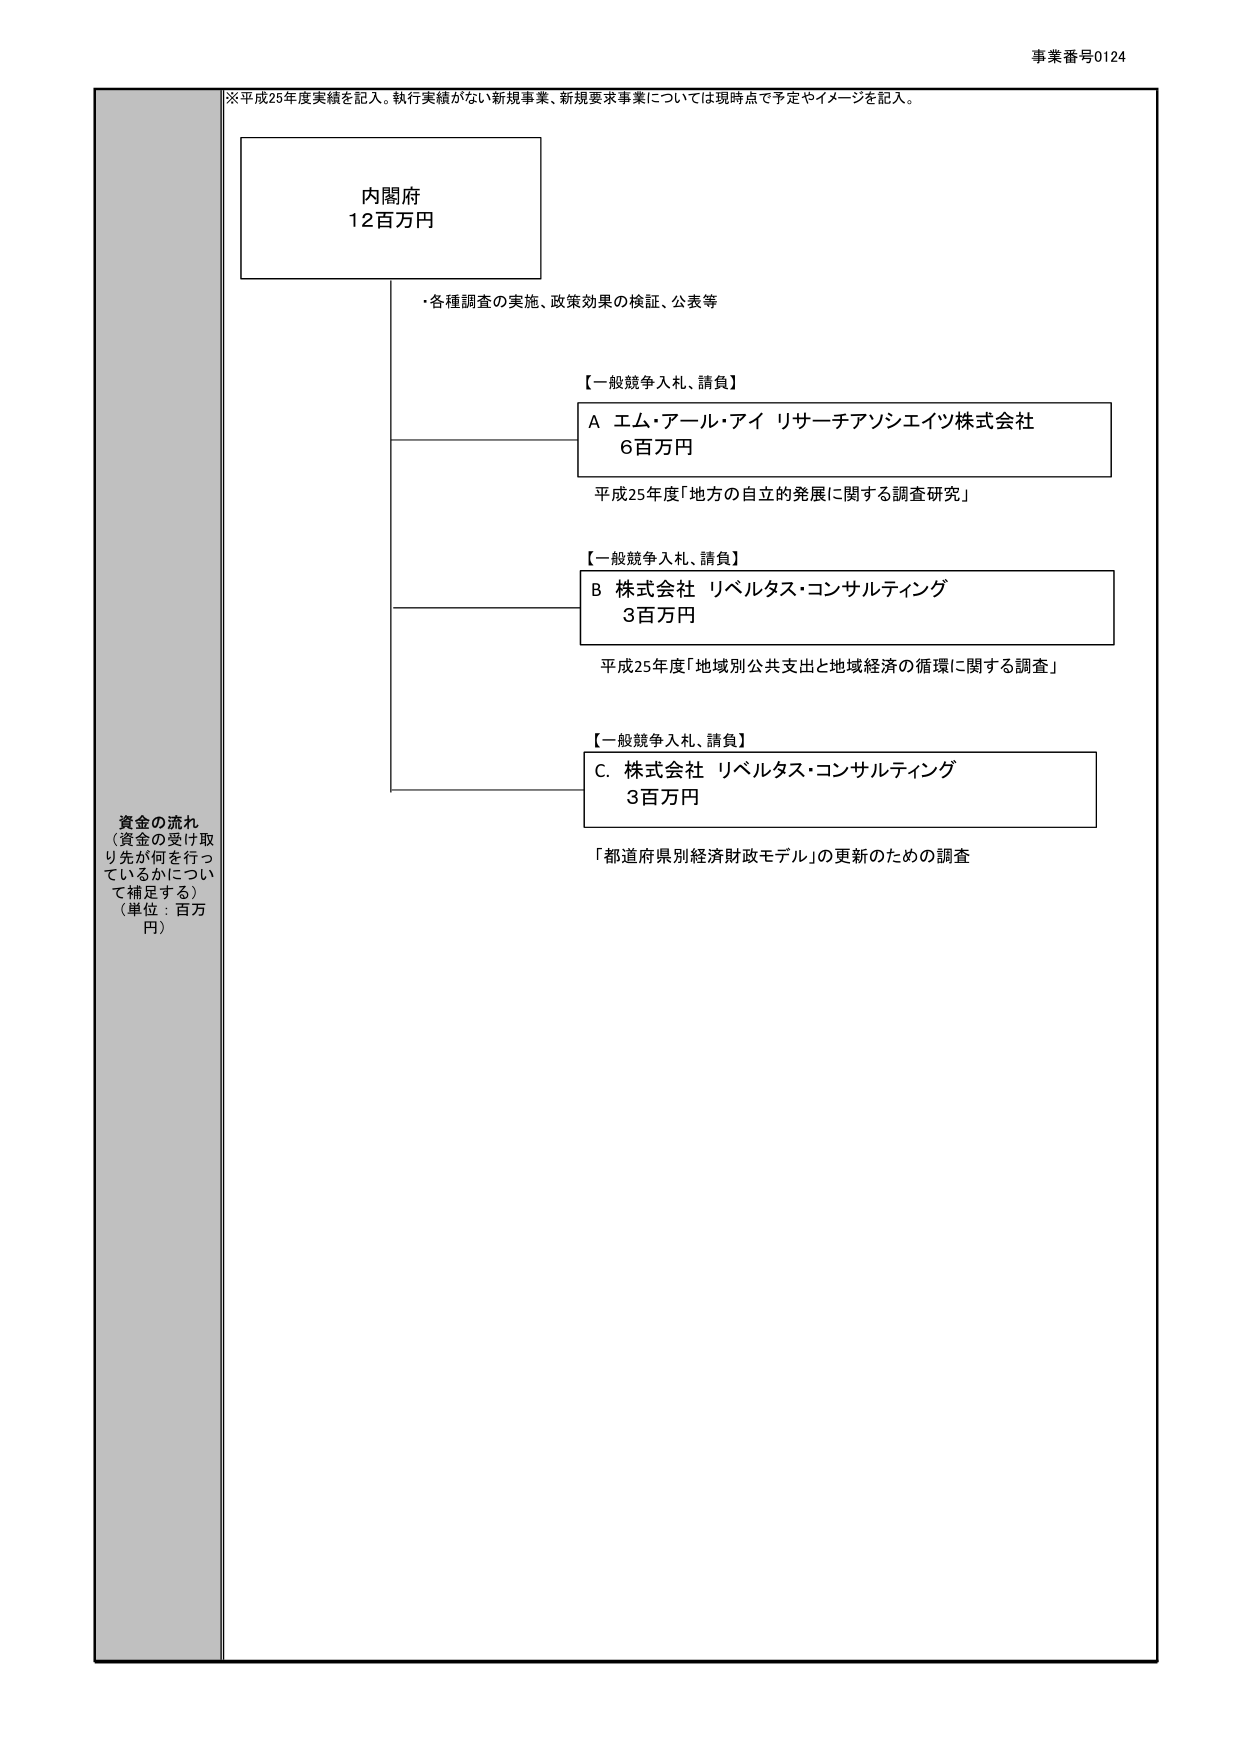
事業番号0124
※平成25年度実績を記入。執行実績がない新規事業、新規要求事業については現時点で予定やイメージを記入。
内閣府
12百万円
・各種調査の実施、政策効果の検証、公表等
【一般競争入札、請負】
A エム・アール・アイ リサーチアソシエイツ株式会社
6百万円
平成25年度「地方の自立的発展に関する調査研究」
【一般競争入札、請負】
B 株式会社 リベルタス・コンサルティング
3百万円
平成25年度「地域別公共支出と地域経済の循環に関する調査」
【一般競争入札、請負】
C. 株式会社 リベルタス・コンサルティング
3百万円
「都道府県別経済財政モデル」の更新のための調査
資金の流れ
（資金の受け取り先が何を行っているかについて補足する）
（単位：百万円）